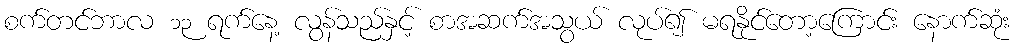
စက်တင်ဘာလ ၁၃ ရက်နေ့ လွန်သည်နှင့် စာအဆက်အသွယ် လုပ်၍ မရနိုင်တော့ကြောင်း နောက်ဆုံး